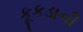
કૂકડાની